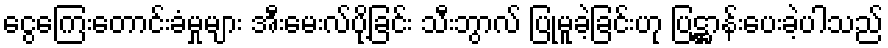
ငွေကြေးတောင်းခံမှုများ အီးမေးလ်ပို့ခြင်း သီးဘွာလ် ပြုမူခဲ့ခြင်းဟု ပြဋ္ဌာန်းပေးခဲ့ပါသည်